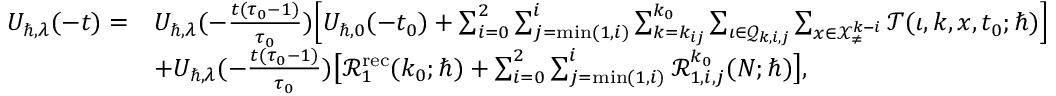
\begin{array} { r l } { U _ { \hbar , \lambda } ( - t ) = } & { U _ { \hbar , \lambda } ( - \frac { t ( \tau _ { 0 } - 1 ) } { \tau _ { 0 } } ) \Big [ U _ { \hbar , 0 } ( - t _ { 0 } ) + \sum _ { i = 0 } ^ { 2 } \sum _ { j = \operatorname* { m i n } ( 1 , i ) } ^ { i } \sum _ { k = k _ { i j } } ^ { k _ { 0 } } \sum _ { \iota \in \mathcal { Q } _ { k , i , j } } \sum _ { \boldsymbol { x } \in \mathcal { X } _ { \neq } ^ { k - i } } \mathcal { T } ( \iota , k , \boldsymbol { x } , t _ { 0 } ; \hbar ) \Big ] } \\ & { + U _ { \hbar , \lambda } ( - \frac { t ( \tau _ { 0 } - 1 ) } { \tau _ { 0 } } ) \big [ \mathcal { R } _ { 1 } ^ { \mathrm { r e c } } ( k _ { 0 } ; \hbar ) + \sum _ { i = 0 } ^ { 2 } \sum _ { j = \operatorname* { m i n } ( 1 , i ) } ^ { i } \mathcal { R } _ { 1 , i , j } ^ { k _ { 0 } } ( N ; \hbar ) \big ] , } \end{array}